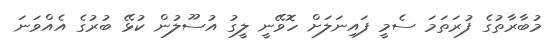
މުބާރާތުގެ ފުރަތަމަ ސެމީ ފައިނަލަށް ހޮވޭނީ ލީގު އުސޫލުން ކުޅޭ ބުރުގެ އެއްވަނަ